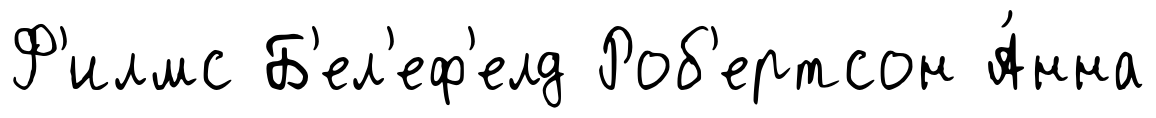
Ф'илмс Б'ел'еф'елд Роб'ертсон А́нна